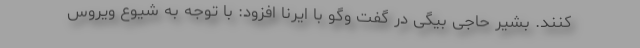
کنند. بشیر حاجی بیگی در گفت وگو با ایرنا افزود: با توجه به شیوع ویروس